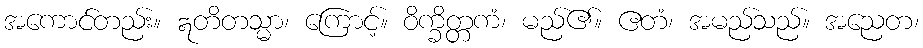
အကောင်တည်း။ ဣတိတသ္မာ၊ ကြောင့်။ ဝိက္ခိတ္တကံ၊ မည်၏။ ဧတံ၊ အမည်သည်။ အညေတ၊